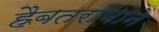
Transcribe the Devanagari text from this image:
हैबतरावाने